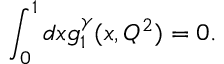
\int _ { 0 } ^ { 1 } d x g _ { 1 } ^ { \gamma } ( x , Q ^ { 2 } ) = 0 .